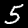
Label: 5